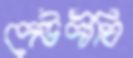
দেউদীঘি